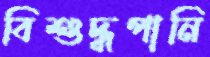
বিশুদ্ধপানি